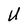
Character: U